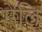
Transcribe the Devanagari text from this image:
ऐलि